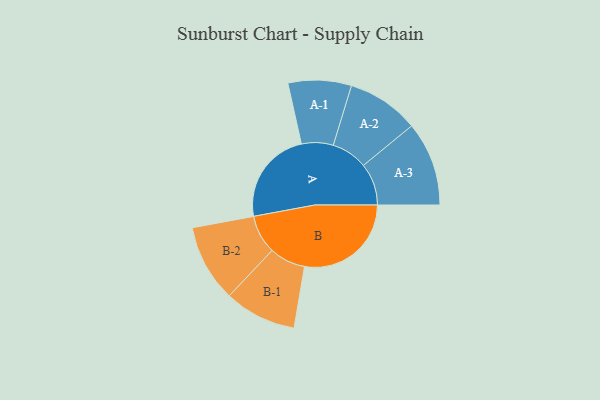
{"axis": {"x": "Segment", "y": "Value"}, "legend": ["", "A", "B"], "data": [{"x": "A", "y": 360, "type": ""}, {"x": "B", "y": 408, "type": ""}, {"x": "A-1", "y": 121, "type": "A"}, {"x": "A-2", "y": 138, "type": "A"}, {"x": "A-3", "y": 161, "type": "A"}, {"x": "B-1", "y": 138, "type": "B"}, {"x": "B-2", "y": 148, "type": "B"}]}